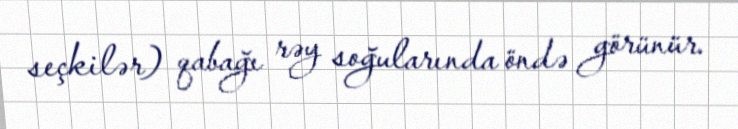
seçkilər) qabağı rəy soğularında öndə görünür.